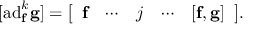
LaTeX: [ \mathrm { a d } _ { \mathbf { f } } ^ { k } \mathbf { \mathbf { g } } ] = { \left[ \begin{array} { l l l l l } { \mathbf { f } } & { \cdots } & { j } & { \cdots } & { \mathbf { [ \mathbf { f } , \mathbf { g } ] } } \end{array} \right] } .